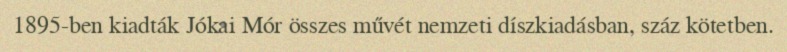
1895-ben kiadták Jókai Mór összes művét nemzeti díszkiadásban, száz kötetben.